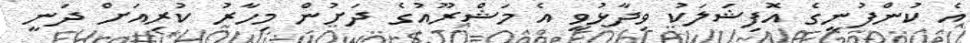
އެ ކުންފުނީގެ އޮފިޝަލަކު ވިދާޅުވީ އެ މަޝްރޫއުގެ ދަށުން މިހާރު ކުރިއަށް ދަނީ